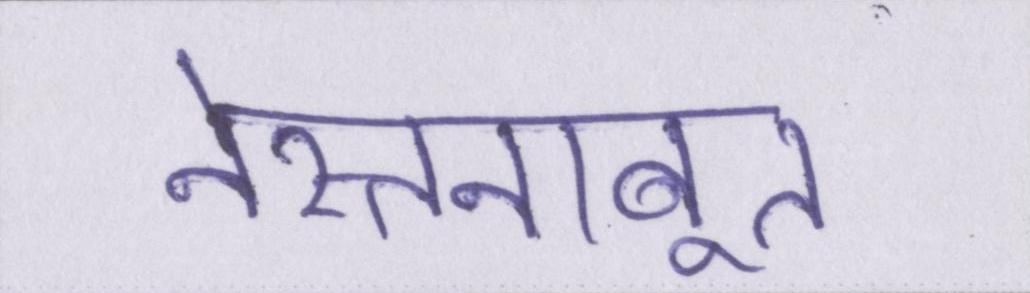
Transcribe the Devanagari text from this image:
नेस्तनाबूत